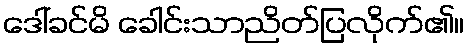
ဒေါ်ခင်မိ ခေါင်းသာညိတ်ပြလိုက်၏။